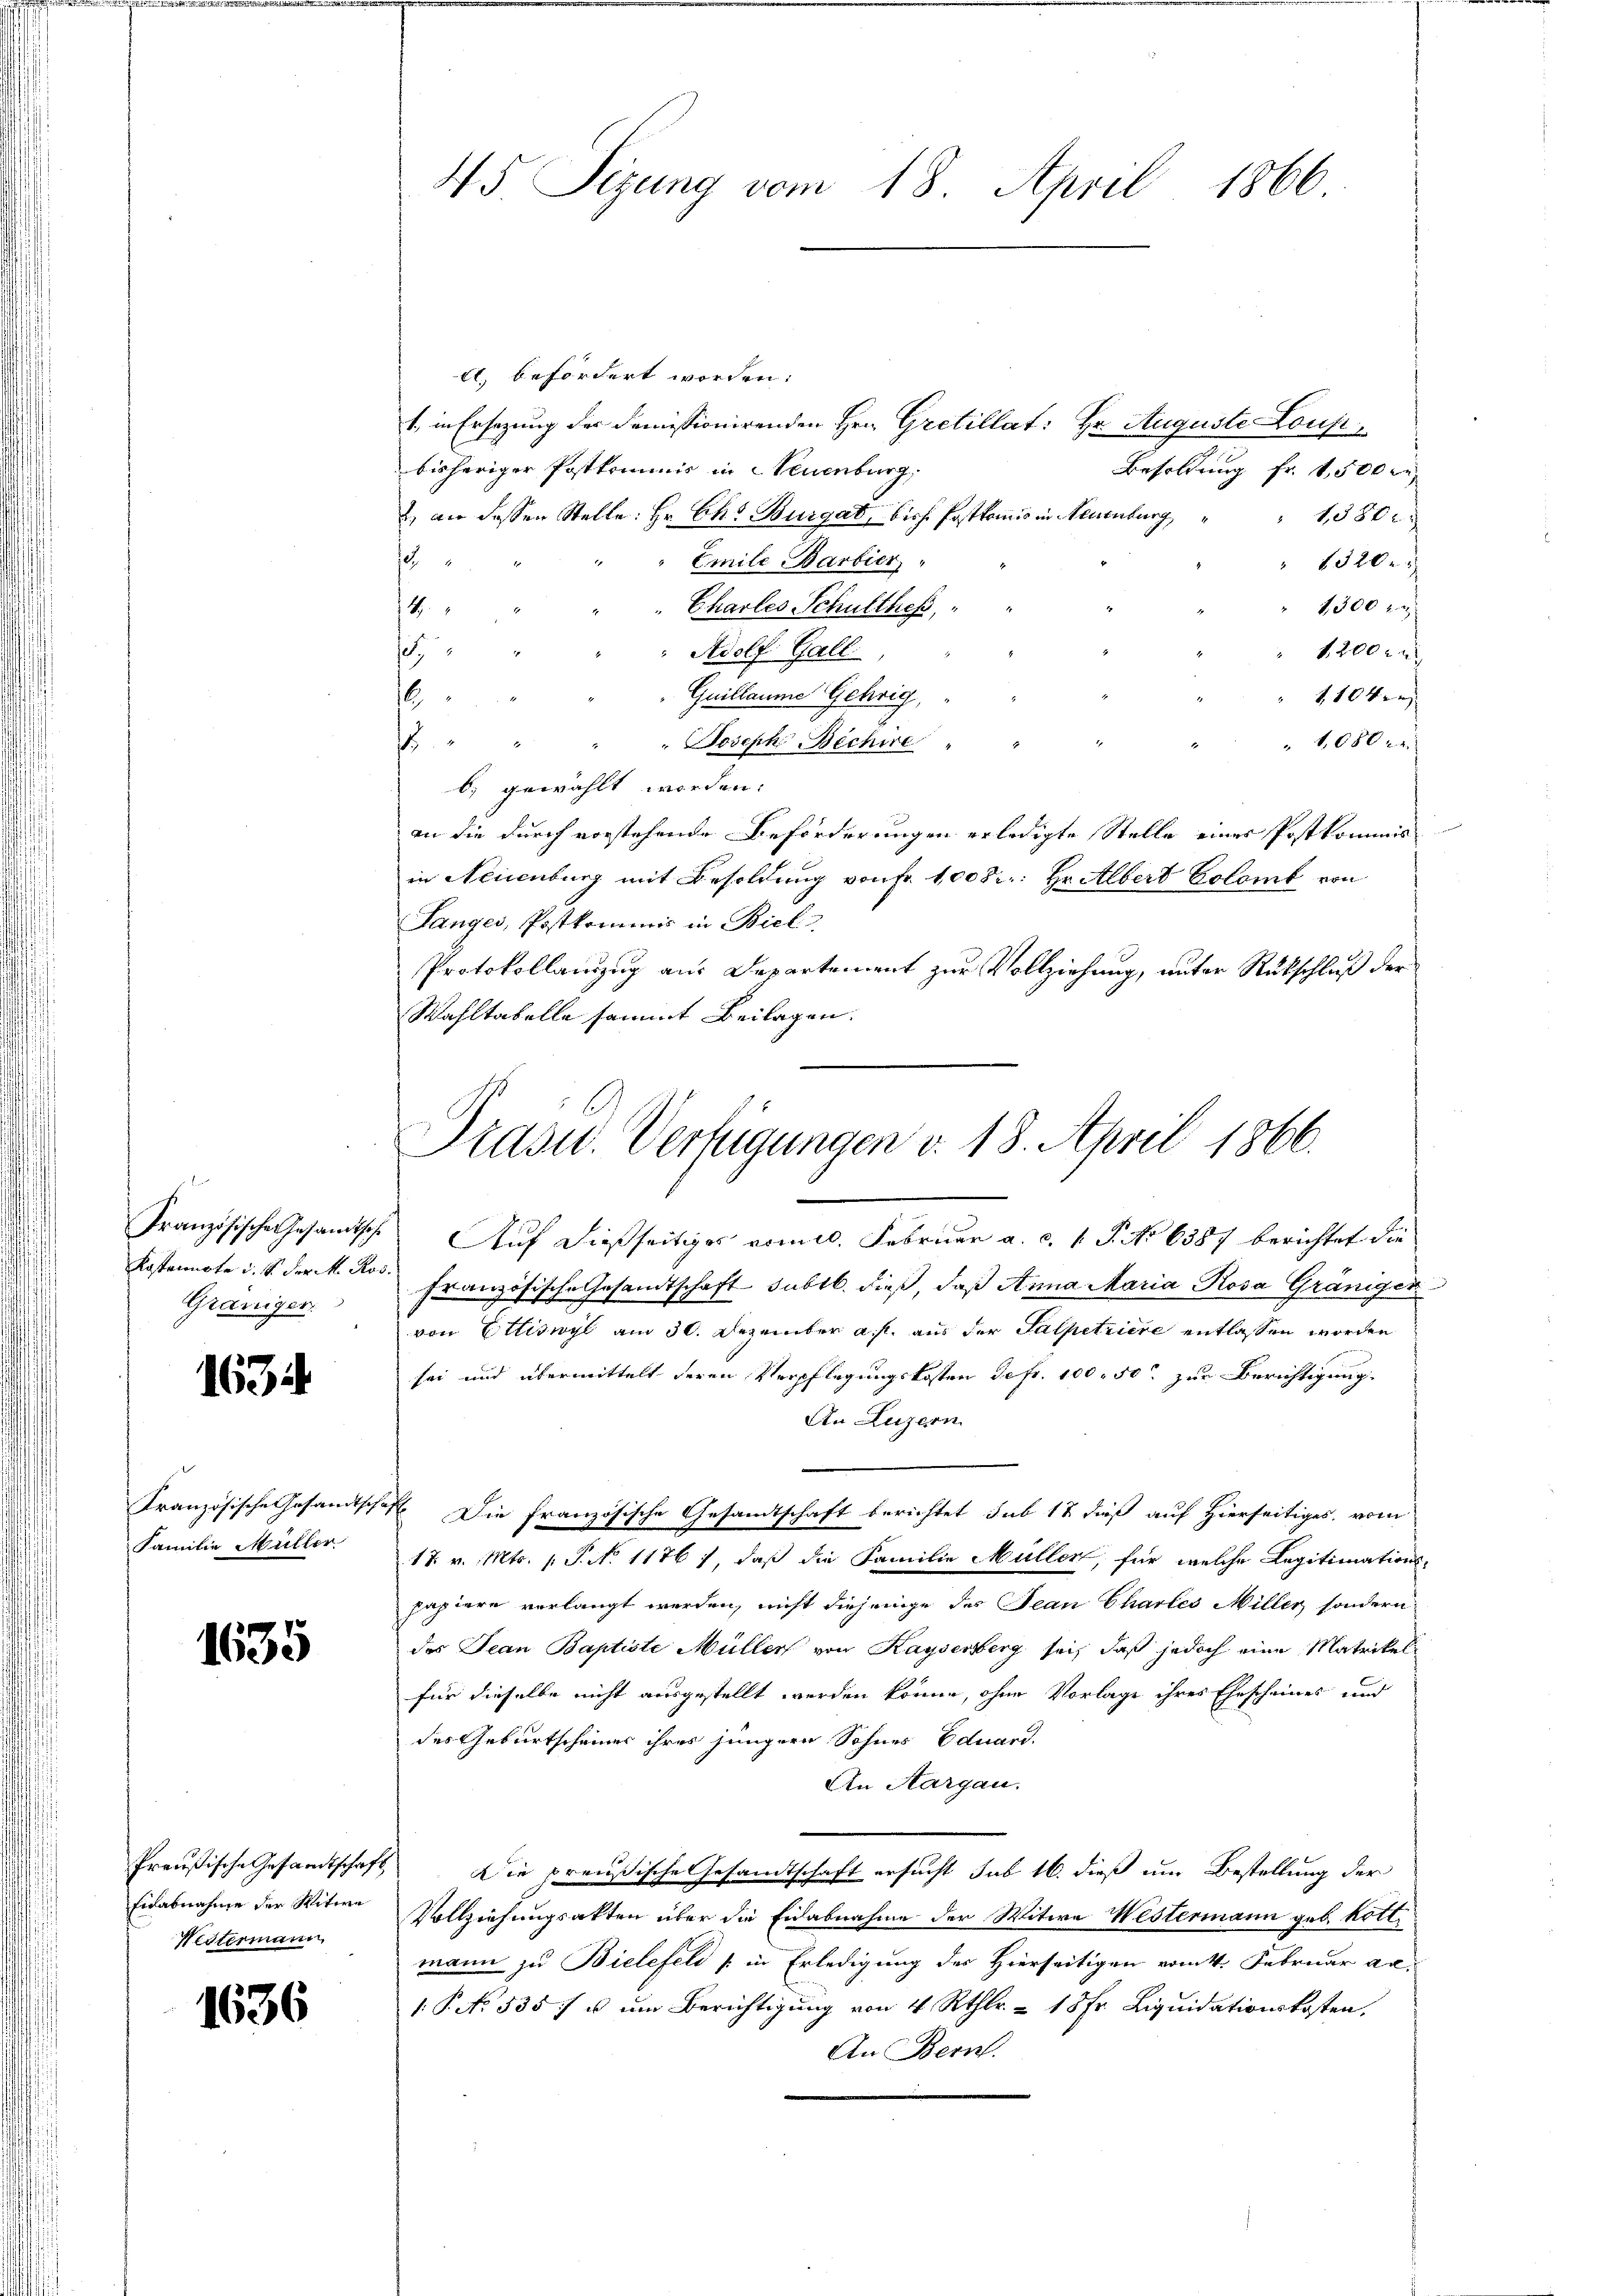
Kostennote d. S. der k. Ros
Graniger.

163

1635

Westermann

1636

45 Sizung vom 18. April 1866.

A. befördert worden:
1., in Ersezung der demissionirenden Hrn. Gretillat: Hr. Auguste Lous
bisheriger Postkommnis in Neuenburg,
Besoldung Fr. 1,500 r
) an dessen Stelle: Hr. Ch. Burgat, bish Postkomis in Neuenburg,
1580x
f
Emile Barbier
1320
1300 zu
Charles Schultheß,
14
e
Adolf Gall
1200
Guillaume Gehrig,
1104.
6
f
1080 x
Joseph Bichire
b) gewählt worden.
an die durch vorstehende Beförderungen erledigte Stelle eines Postkommis
in Neuenburg mit Besoldung von Fr. 1008: Hr. Albert Colomb von
Tanges, Postkommis in Biel
Protokollanzug aus Departement zur Vollziehung, unter Rückschluß der
Wahltabelle sammt Beilagen.
Französische Gesamtsche Auf dießseitiges vom 10. Februar a. c. 1. P. No 6387 berichtet die
französische Gesandtschaft subtb. dieß, daß Anna Maria Rosa Gräniger
von Ettiswyl am 30. Dezember a. f. aus der Salpetriere entlassen worden
sei und übermittelt deren Verpflegungskosten Sefr. 100. 50. zur Berichtigung.
An Luzern
Kranzösische Gesandtschaft. Die französische Gesandtschaft berichtet sub 17 dieß auf Hierseitiges, vom
Familie Müller. 17 v. Mts. 1. P. No. 1176), daß die Familie Müller, für welche Legitimations-
papiere verlangt werden, nicht diejenige des Jean Chartes Miller sondern
des Jean Baptiste Müller von Kaysersberg sei, daß jedoch eine Matrikel
für dieselbe nicht ausgestellt werden könne, ohne Vorlage ihres Ehescheines und
des Geburtscheiner ihres jüngern Sohnes Eduard.
An Aargau.
Preußische Gesandtschaft Die preußische Gesandtschaft ersucht sub 16. dieß um Bestellung der
Eidabnahme der Witwe Vollziehungsakten über die Eidabnahme der Witwe Westermann geb. Kott.
mann zu Bielefeld (in Erledigung des Hierseitigen vom 1. Februar an
1: P. No. 535/ u um Berichtigung von 4 Rthlr. - 18fr. Liquidationskosten.
An Bern.

Präsid.. Verfügungen v. 18. April 1866.